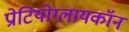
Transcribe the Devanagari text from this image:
प्रोटियोग्लायकॉन